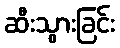
ဆီးသွားခြင်း